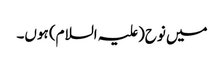
میں نوح(علیہ السلام) ہوں۔